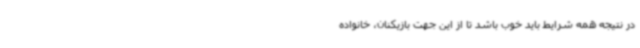
در نتیجه همه شرایط باید خوب باشد تا از این جهت بازیکنان، خانواده‌